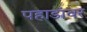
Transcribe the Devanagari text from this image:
पहाडांवर